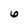
Character: 6